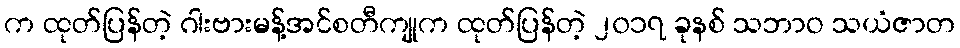
က ထုတ်ပြန်တဲ့ ဂါးဗားမန့်အင်စတီကျုက ထုတ်ပြန်တဲ့ ၂၀၁၇ ခုနစ် သဘာဝ သယံဇာတ